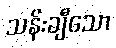
သန်းချီသော